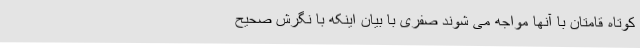
کوتاه قامتان با آنها مواجه می شوند صفری با بیان اینکه با نگرش صحیح